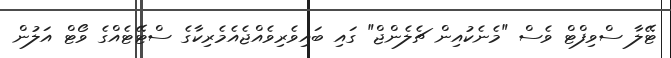
ޓޭލާ ސްވިފްޓް ވެސް "މެނެކުއިން ޗެލެންޖް" ގައި ބައިވެރިވެއްޖެއެމެރިކާގެ ސްޓޭޓެއްގެ ވޯޓް އަލުން